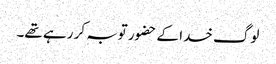
لوگ خدا کے حضور توبہ کر رہے تھے۔